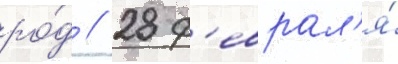
ро́д // 28 ф'еврал'я́